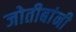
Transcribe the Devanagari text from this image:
जोतीबांनी